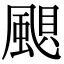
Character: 𩗗